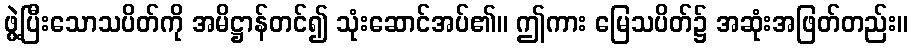
ဖွဲ့ပြီးသောသပိတ်ကို အမိဋ္ဌာန်တင်၍ သုံးဆောင်အပ်၏။ ဤကား မြေသပိတ်၌ အဆုံးအဖြတ်တည်း။